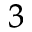
^ 3